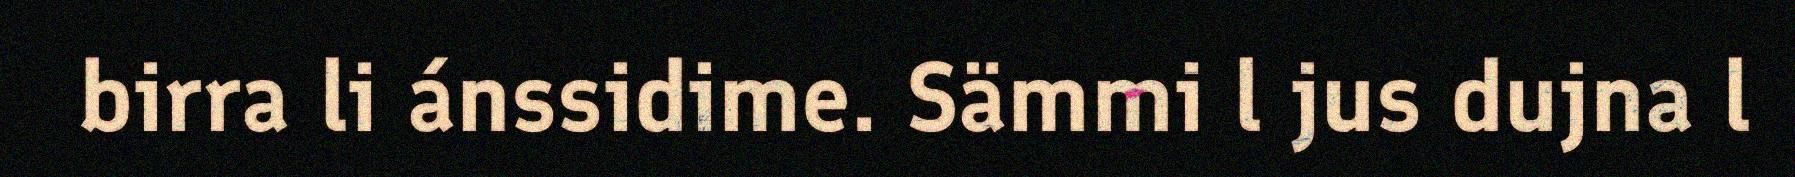
birra li ánssidime. Sämmi l jus dujna l